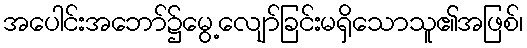
အပေါင်းအဘော်၌မွေ့လျော်ခြင်းမရှိသောသူ၏အဖြစ်၊